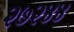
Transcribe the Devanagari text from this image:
२७२४४